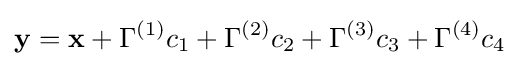
\mathbf {y} =\mathbf {x} +\Gamma ^{(1)}c_{1}+\Gamma ^{(2)}c_{2}+\Gamma ^{(3)}c_{3}+\Gamma ^{(4)}c_{4}